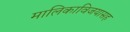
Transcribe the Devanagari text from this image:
मालिकाविजयासह